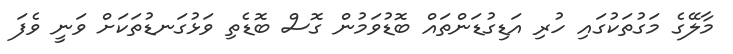
މާލޭގެ މަގުތަކުގައި ހުރި އަޑިގުޑަންތައް ބޮޑުވަމުން ގޮސް ބޮޑެތި ވަޅުގަނޑުތަކަށް ވަނީ ވެފަ